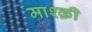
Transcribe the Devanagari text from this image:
माश्क़ी